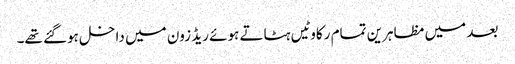
بعد میں مظاہرین تمام رکاوٹیں ہٹاتے ہوئے ریڈ زون میں داخل ہوگئے تھے۔